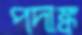
পদাঙ্ক